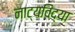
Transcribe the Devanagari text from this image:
नाट्यविद्या